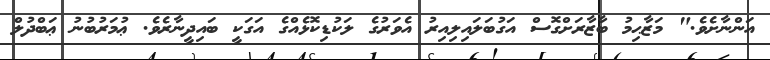
އަންނާށެވެ." މަޒާޙިމު ބާޒާރަށްގޮސް އަގުބަލައިލިއިރު އެވަރުގެ ލަކުޑިކޮޅެއްގެ އަގަކީ ބައިދީނާރެވެ. ޢުމަރުބުނު ޢަބްދުލް